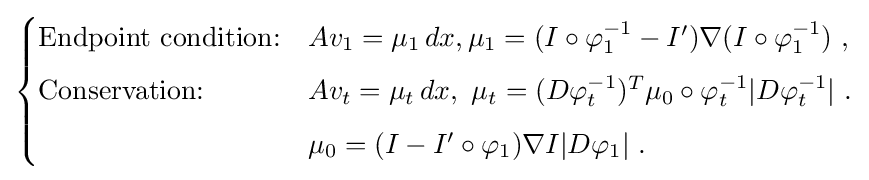
{\begin{cases}{\text{Endpoint condition:}}&Av_{1}=\mu _{1}\,dx,\mu _{1}=(I\circ \varphi _{1}^{-1}-I^{\prime })\nabla (I\circ \varphi _{1}^{-1})\ ,\\[5pt]{\text{Conservation:}}&Av_{t}=\mu _{t}\,dx,\ \mu _{t}=(D\varphi _{t}^{-1})^{T}\mu _{0}\circ \varphi _{t}^{-1}|D\varphi _{t}^{-1}|\ .\\[5pt]&\mu _{0}=(I-I^{\prime }\circ \varphi _{1})\nabla I|D\varphi _{1}|\ .\\\end{cases}}